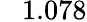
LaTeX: \phantom{-}1.078